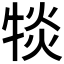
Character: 𪺯